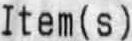
ITEM(S)